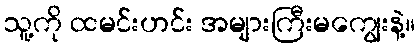
သူ့ကို ထမင်းဟင်း အများကြီးမကျွေးနဲ့။